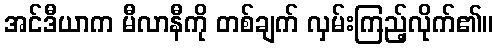
အင်ဒီယာက မီလာနီကို တစ်ချက် လှမ်းကြည့်လိုက်၏။